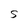
Character: S